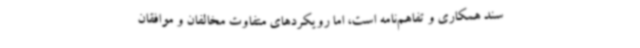
سند همکاری و تفاهم‌نامه است، اما رویکردهای متفاوت مخالفان و موافقان